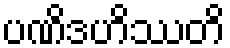
ပဏိဒဟိဿတိ